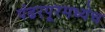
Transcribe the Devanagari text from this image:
पंढरपूरमध्येच